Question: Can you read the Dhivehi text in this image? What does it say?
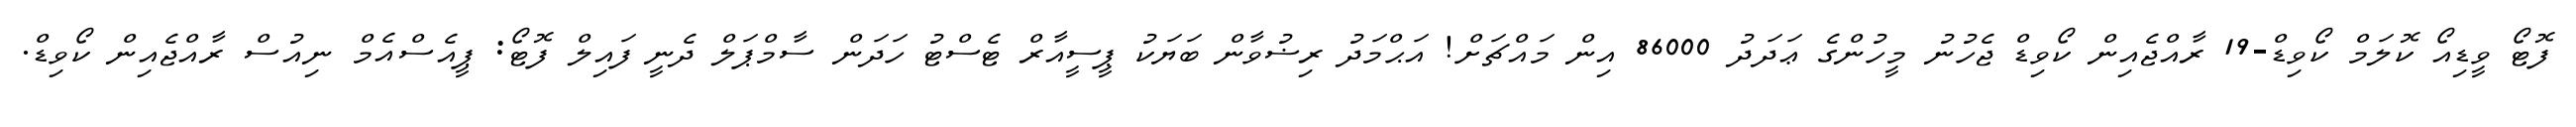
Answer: ފޮޓޯ ވީޑިއޯ ކޮލަމް ކޯވިޑް-19 ރާއްޖެއިން ކޯވިޑް ޖެހުނު މީހުންގެ ޢަދަދު 86000 އިން މައްޗަށް! އަޙްމަދު ރިޟުވާން ބަޔަކު ޕީސީއާރް ޓެސްޓު ހަދަން ސާމްޕަލް ދެނީ ފައިލް ފޮޓޯ: ޕީއެސްއެމް ނިއުސް ރާއްޖެއިން ކޯވިޑް.